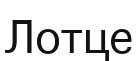
Лотце